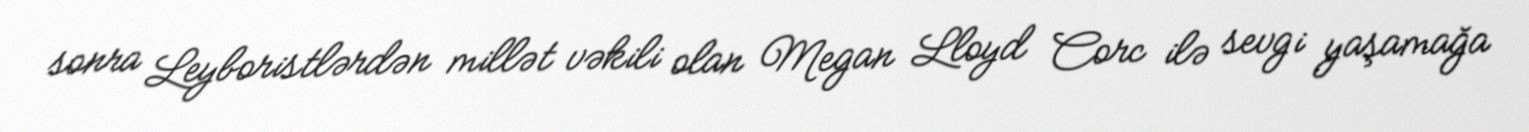
sonra Leyboristlərdən millət vəkili olan Megan Lloyd Corc ilə sevgi yaşamağa